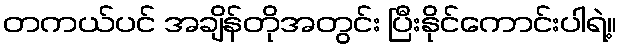
တကယ်ပင် အချိန်တိုအတွင်း ပြီးနိုင်ကောင်းပါရဲ့။